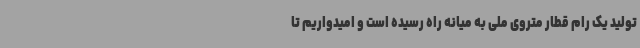
تولید یک رام قطار متروی ملی به میانه راه رسیده است و امیدواریم تا